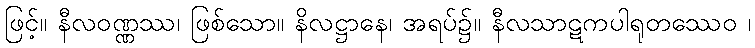
ဖြင့်။ နီလဝဏ္ဏဿ၊ ဖြစ်သော။ နိလဋ္ဌာနေ၊ အရပ်၌။ နီလသာဋကပါရုတဿေဝ ၊